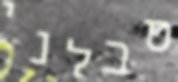
סבלני